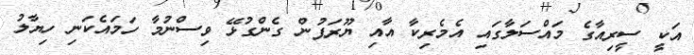
އަކީ ސީރިއާގެ މައްސަލާގައި އެމެރިކާ އާއި ޔޫރަޕުން ގެންގުޅޭ ވިސްނުމާ ހަމައެކަނި ހިޔާލު